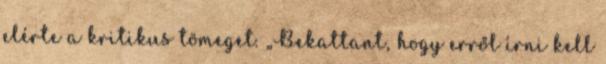
elérte a kritikus tömeget. „Bekattant, hogy erről írni kell